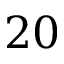
2 0